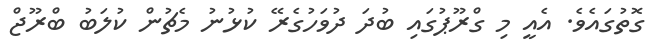
ގޮތުގައެވެ. އެއީ މި ގްރޫޕުގައި ބުދަ ދުވަހުގެރޭ ކުޅުނު މެޗުން ކުލަބު ބްރޫޖް